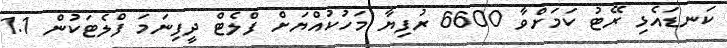
ކަނޑައެޅި ރޭޓު ކަމަށްވާ 6600 ރުފިޔާ މަހުކުއްޔަށް ފްލެޓް ދީފިނަމަ ފްލެޓަކުން 1.1